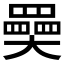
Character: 奰